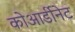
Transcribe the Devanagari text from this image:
कोआर्डीनेट